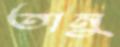
তানু